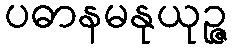
ပဓာနမနုယုဉ္ဇ